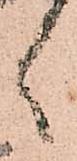
ヽ